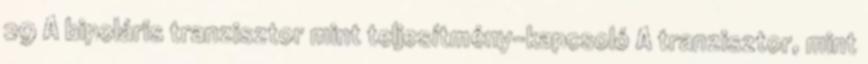
29 A bipoláris tranzisztor mint teljesítmény-kapcsoló A tranzisztor, mint